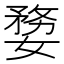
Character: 㜈